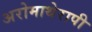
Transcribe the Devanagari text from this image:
अरोमाथेरापी